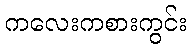
ကလေးကစားကွင်း